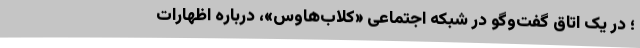
؛ در یک اتاق‌ گفت‌وگو در شبکه اجتماعی «کلاب‌هاوس»، درباره اظهارات